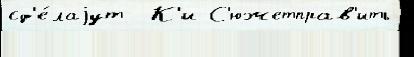
сд'е́лаjут  К'и С'южетправ'ить